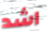
اشد